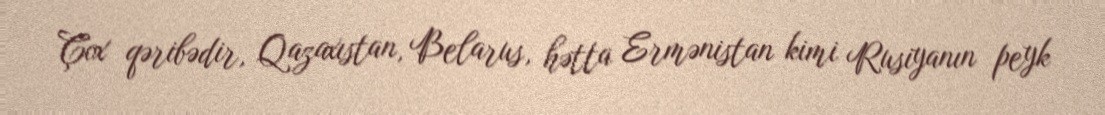
Çox qəribədir, Qazaxıstan, Belarus, hətta Ermənistan kimi Rusiyanın peyk